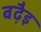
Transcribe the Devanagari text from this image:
बढ़ैइ